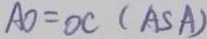
A O = O C ( A S A )